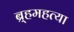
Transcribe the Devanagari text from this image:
ब्र्हमहत्या